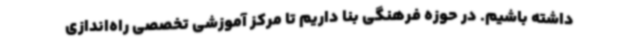
داشته باشیم. در حوزه فرهنگی بنا داریم تا مرکز آموزشی تخصصی راه‌اندازی